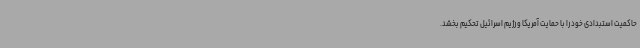
حاکمیت استبدادی خود را با حمایت آمریکا و رژیم اسرائیل تحکیم بخشد.